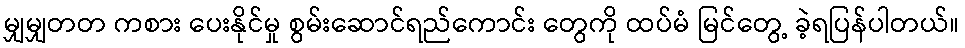
မျှမျှတတ ကစား ပေးနိုင်မှု စွမ်းဆောင်ရည်ကောင်း တွေကို ထပ်မံ မြင်တွေ့ ခဲ့ရပြန်ပါတယ်။